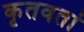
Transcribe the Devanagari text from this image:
कृतवतां